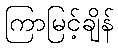
ကြာမြင့်ချိန်